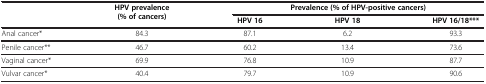
| <ROWSPAN=2>  | <ROWSPAN=2> HPV prevalence (% of cancers) | <COLSPAN=3> Prevalence (% of HPV-positive cancers) |
 | HPV 16 | HPV 18 | HPV 16/18*** |
 | --- | --- | --- | --- | --- |
 | Anal cancer* | 84.3 | 87.1 | 6.2 | 93.3 |
 | Penile cancer** | 46.7 | 60.2 | 13.4 | 73.6 |
 | Vaginal cancer* | 69.9 | 76.8 | 10.9 | 87.7 |
 | Vulvar cancer* | 40.4 | 79.7 | 10.9 | 90.6 |